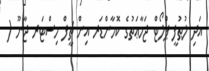
އަދި ލުޠުފީ ޕްލޯޓް ޖަމާޢަތުގެ ކޮމާންޑަރ އިން ޗީފް މިސްޓަރ ޖާނޫ (